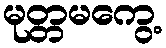
မုတ္တမကွေ့